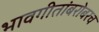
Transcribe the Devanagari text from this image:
भावगीतांबरोबरच